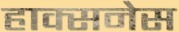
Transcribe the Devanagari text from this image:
हाक्सनेस